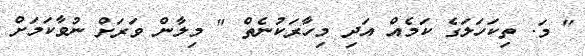
" މަ. ތިކަހަލަގެ ކަމެއް އަދި މިހާރަކުނެތް " މިލާން ވަރަށް ނުވާކަމަށް